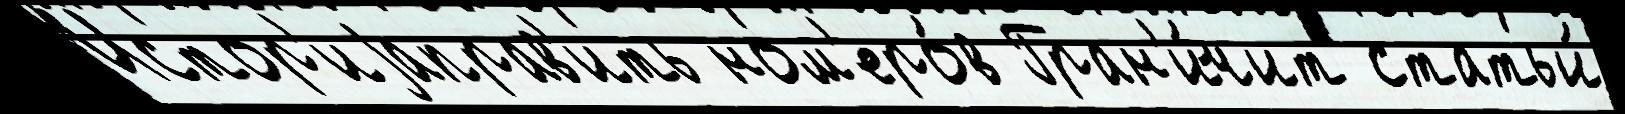
Истор'иjаправ'ить ном'еро́в Гран'и́чит статьи́